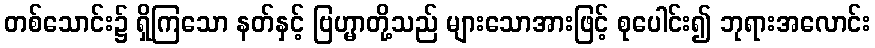
တစ်သောင်း၌ ရှိကြသော နတ်နှင့် ဗြဟ္မာတို့သည် များသောအားဖြင့် စုပေါင်း၍ ဘုရားအလောင်း